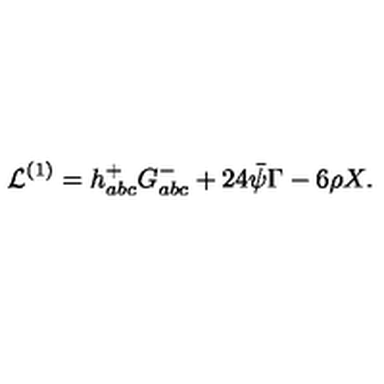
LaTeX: { \cal L } ^ { ( 1 ) } = h _ { a b c } ^ { + } G _ { a b c } ^ { - } + 2 4 \bar { \psi } \Gamma - 6 \rho X .